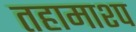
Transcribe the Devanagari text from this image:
तहामाश्प